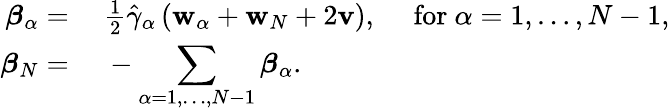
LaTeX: \begin{array}{rl}{\boldsymbol{\beta}_{\alpha}=}&{~\frac{1}{2}\hat{\gamma}_{\alpha}\left(\mathbf{w}_{\alpha}+\mathbf{w}_{N}+2\mathbf{v}\right),\quad\mathrm{~for~}\alpha=1,\dots,N-1,}\\ {\boldsymbol{\beta}_{N}=}&{~-\displaystyle\sum_{\alpha=1,\dots,N-1}\boldsymbol{\beta}_{\alpha}.}\end{array}